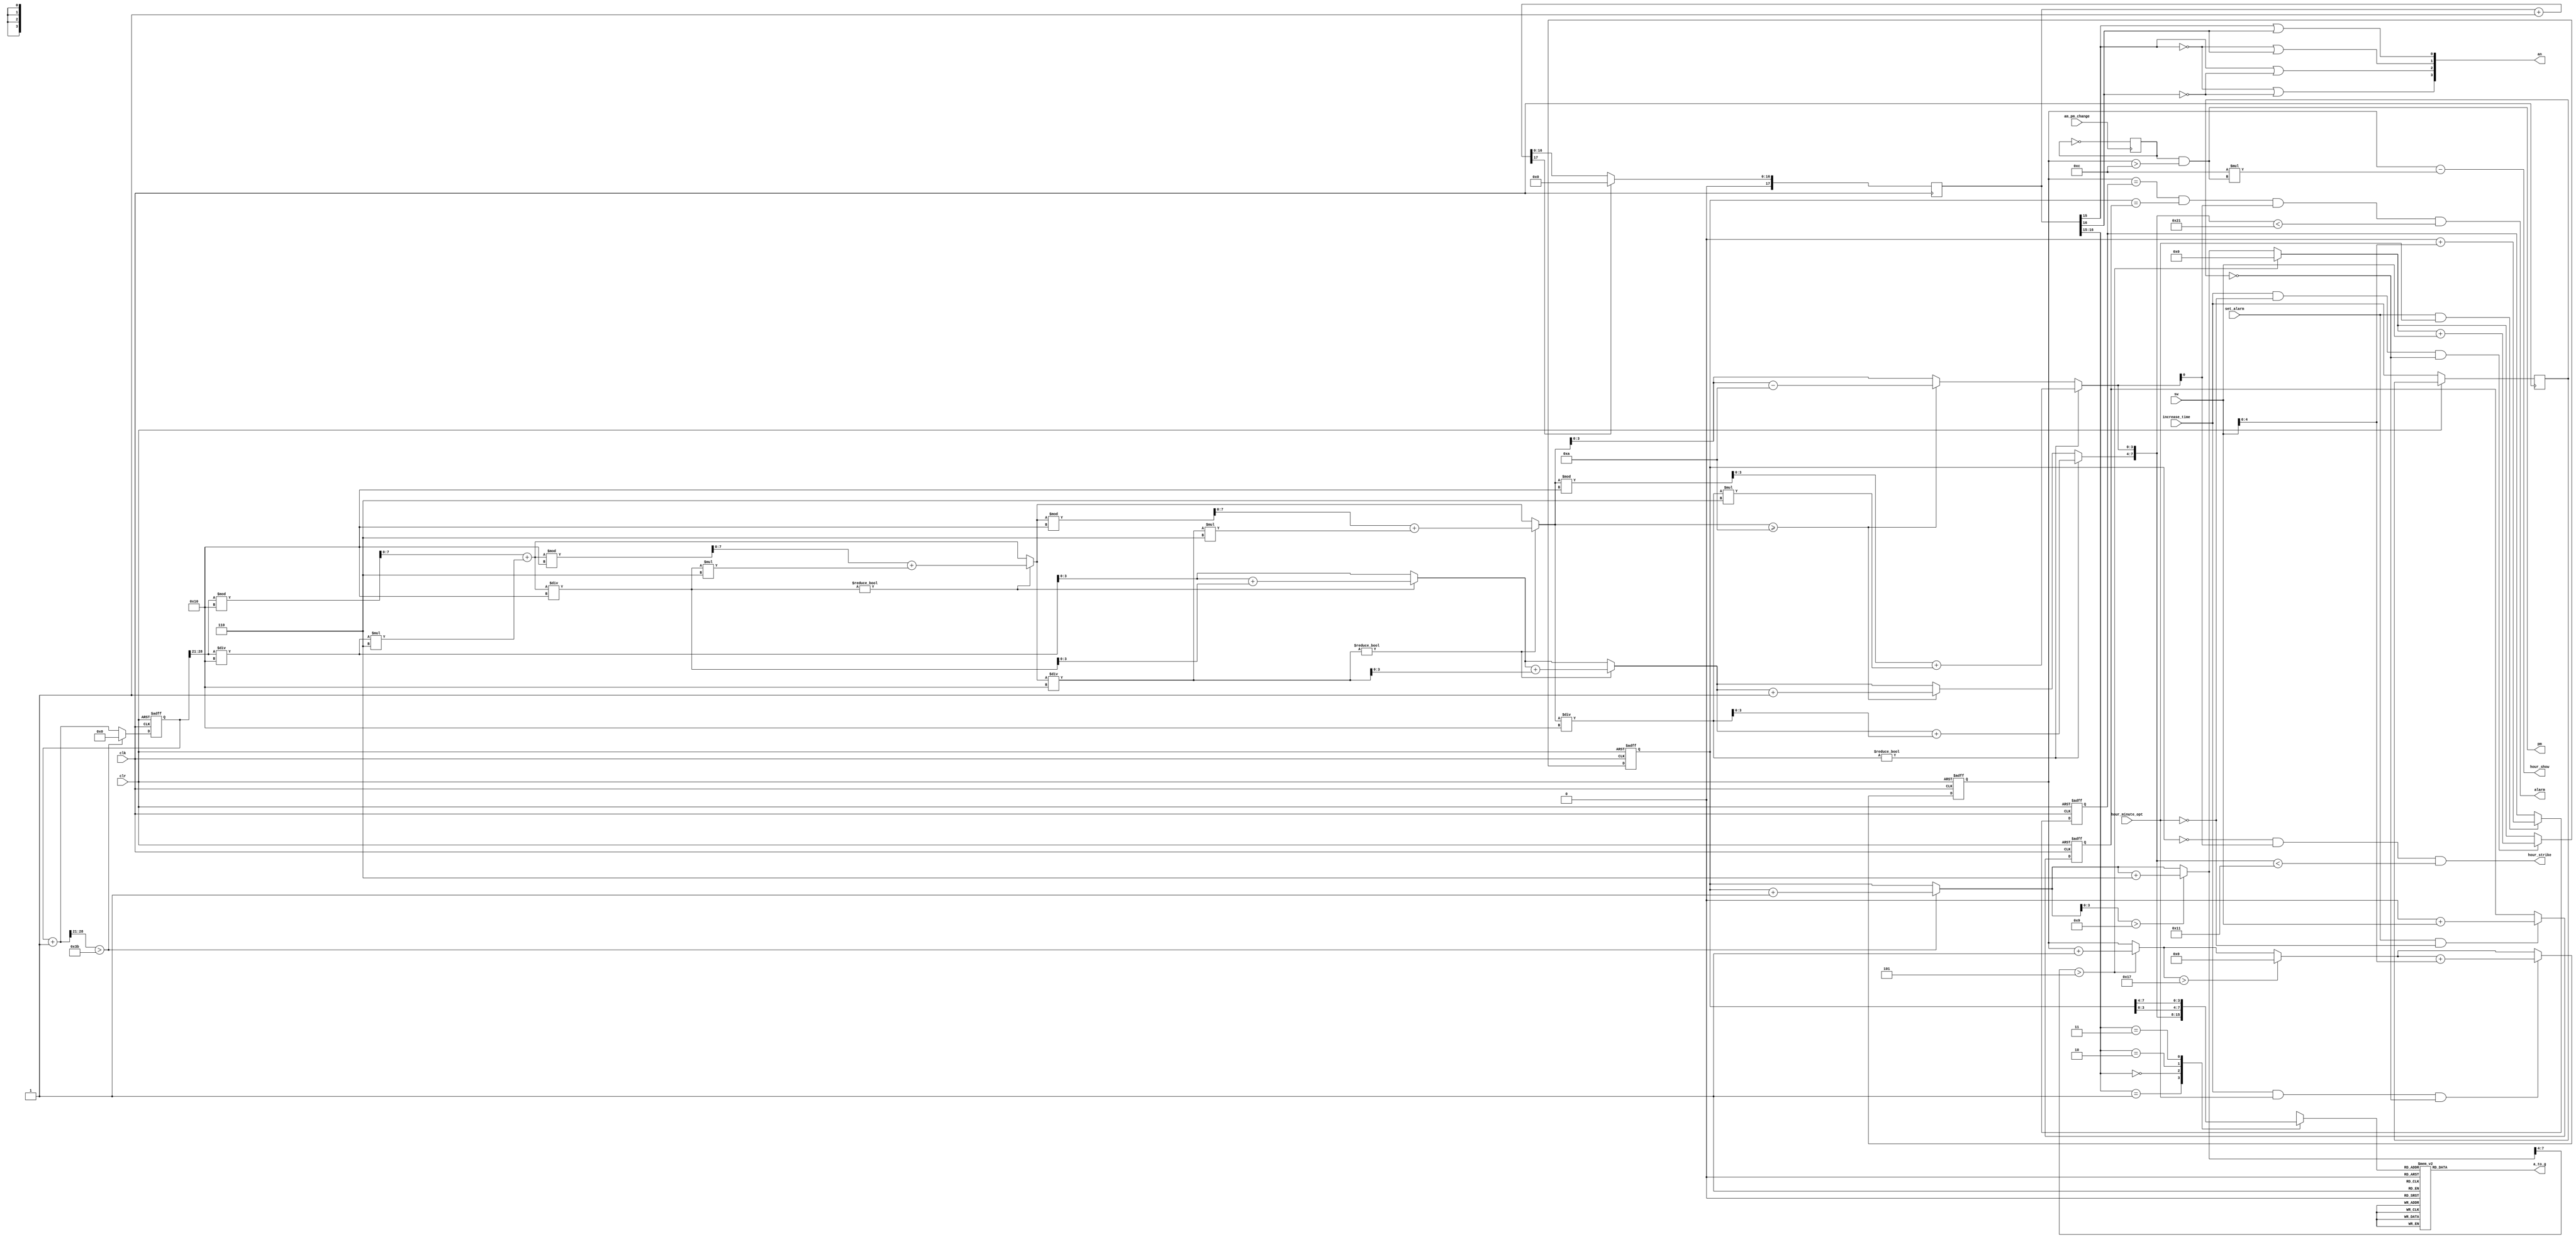
`timescale 1ns / 1ps
//////////////////////////////////////////////////////////////////////////////////
// Company: 
// Engineer: 
// 
// Design Name: 
// Module Name:    clock 
// Project Name: 
// Target Devices: 
// Tool versions: 
// Description: 
//
// Dependencies: 
//
// Revision: 
// Revision 0.01 - File Created
// Additional Comments: 
//
//////////////////////////////////////////////////////////////////////////////////
module clock(
  input clk,//the signal for the clock of basys2
  input clr,//the Button to clear
  input hour_minute_opt,//for set the alarm, we can turn it to change the choice
  input increase_time,//add the time
  input am_pm_change, //24hour or 12hour 
  input set_alarm,//set alarm clock
  input [6:0]sw,//we need these button to set alarm clock
  output hour_strike, //tell you a whole hour
  output alarm,//alarm light
  output pm, //pm light
  output [4:0]hour_show,//the led that means the hour 
  output [3:0]an,//the number you need to choose
  output reg[6:0]a_to_g//the number
	 );
	 
  reg [29:0] clk_cnt;//the clock 
  reg [3:0] NUM; //the number
  reg [17:0] switch ; //we will use it to reflash the light
  reg pm_flag ; //pm part
  wire [7:0] second_h; //8 binary count for second
  wire [7:0] second; //second
  reg [7:0] minute; //minute
  reg [4:0] hour; //hour
  reg [4:0] hour_alarm; //hour alarm
  reg [7:0] minute_alarm; //minute alarm
  reg flag_increase_time; //time increase
  
/*************************************************************************************/
/*                           To rekindle the light of number                         */
/*************************************************************************************/
  always @(*)
    case(NUM)
      0:a_to_g=7'b0000001;
      1:a_to_g=7'b1001111;
      2:a_to_g=7'b0010010;
      3:a_to_g=7'b0000110;
      4:a_to_g=7'b1001100;
      5:a_to_g=7'b0100100;
      6:a_to_g=7'b0100000;
      7:a_to_g=7'b0001111;
      8:a_to_g=7'b0000000;
      9:a_to_g=7'b0000100;
      default: a_to_g=7'b0000001;
    endcase
	 
/*************************************************************************************/
/*                         To thansform second into BCD code                         */
/*************************************************************************************/
  reg [3:0] c ;
  reg [7:0] q ;
  assign second = {c,q[3:0]};
  always @(*)
    begin
      c = second_h[7:0]/16 ;
      q = (second_h[7:0]%16) + (second_h[7:0]/16)*6 ;
      if(q/16)
        begin
          c = c + q/16 ;
          q = q%16 + (q/16)*6 ;
        end
      if(q/16)
        begin
          c = c + q/16 ;
          q = q%16 + (q/16)*6 ;
        end
      if(q/16)
        begin
          c = c + q/16 ;
          q = q%16 + (q/16)*6 ;
        end
      else if(q>=10)
              begin
                c = c + 1 ;
                q = q -10 ;
              end
    end

/*************************************************************************************/
/*                           To clear the time and count                             */
/*************************************************************************************/
  always@(posedge clk or posedge clr)
    begin
      if(clr)
        begin
          clk_cnt = 0;
          minute = 0;
          hour = 0;
          hour_alarm = 8'b11111111;//clear the alarm
          minute_alarm = 8'b11111111;//clear the alarm
        end
      else
        begin
          clk_cnt = clk_cnt + 1;
			 
/*************************************************************************************/
/*                                   To make the clock                               */
/*************************************************************************************/
            if(clk_cnt[28:21]>59)
              begin
                clk_cnt = 0;
                minute = minute + 1;
              end
            if(minute[3:0]>9) 
              begin
                minute = minute + 6;
              end
            if(minute[7:4]>5) 
              begin
                minute = 0;
                hour = hour + 1;
              end
            if(hour>23) 
              begin
                hour = 0;
              end
/*************************************************************************************/
/*                     We use to increase the hour and minute                        */
/*************************************************************************************/

            if(increase_time && hour_minute_opt && !flag_increase_time)
              begin
                hour = hour + sw;
              end
            if(increase_time && !hour_minute_opt && !flag_increase_time)
              begin
                minute = minute + sw;
              end
            flag_increase_time = increase_time;//to decide that adjust once
				
/*************************************************************************************/
/*                           To set the alarm clock                                  */
/*************************************************************************************/				
            if(set_alarm && hour_minute_opt)
              begin
                hour_alarm = 0;
                hour_alarm = hour_alarm + sw[4:0];
              end
            if(set_alarm && !hour_minute_opt)
              begin
                minute_alarm = 0;
                minute_alarm = minute_alarm + sw;
              end
        end
    end

/*************************************************************************************/
/*                     To set 24hours or 12hours, etc.                               */
/*************************************************************************************/	 
  always@(posedge am_pm_change) 
    pm_flag = ~ pm_flag ; 
	 
  assign second_h = clk_cnt[28:21]; 
  assign an[0] = switch[15]||switch[16] ;
  assign an[1] = (~switch[15])||switch[16] ;
  assign an[2] = switch[15]||(~switch[16]) ;
  assign an[3] = (~switch[15])||(~switch[16]) ; 
  assign hour_strike = (minute == 0) && second[0] && (second < 17);
  assign hour_show = hour - 12*(pm_flag && (hour>12)) ;
  assign alarm = (hour == hour_alarm) && (minute == minute_alarm) && second[0] && (second <33) ;
  assign pm = pm_flag && (hour > 12) ;
  always @(posedge clk ) 
    begin
      if(clk)
      begin
        switch = switch + 1 ;
        if(switch[17])
          switch = 0 ;
      end
    end
	 
/*************************************************************************************/
/*                       To show the hour and minute in line                         */
/*************************************************************************************/
  always @(*) 
    case(switch[16:15])
      1:NUM = second[7:4];
      0:NUM = second[3:0];
      2:NUM = minute[3:0];
      3:NUM = minute[7:4];
    endcase
	 
endmodule